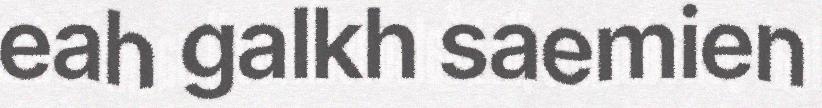
eah galkh saemien